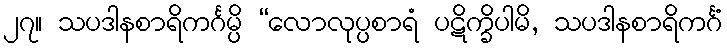
၂၇။ သပဒါနစာရိကင်္ဂမ္ပိ “လောလုပ္ပစာရံ ပဋိက္ခိပါမိ, သပဒါနစာရိကင်္ဂံ